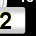
Digit: 2